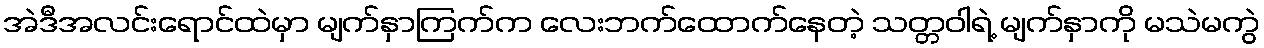
အဲဒီအလင်းရောင်ထဲမှာ မျက်နှာကြက်က လေးဘက်ထောက်နေတဲ့ သတ္တဝါရဲ့ မျက်နှာကို မသဲမကွဲ